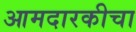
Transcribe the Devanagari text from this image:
आमदारकीचा